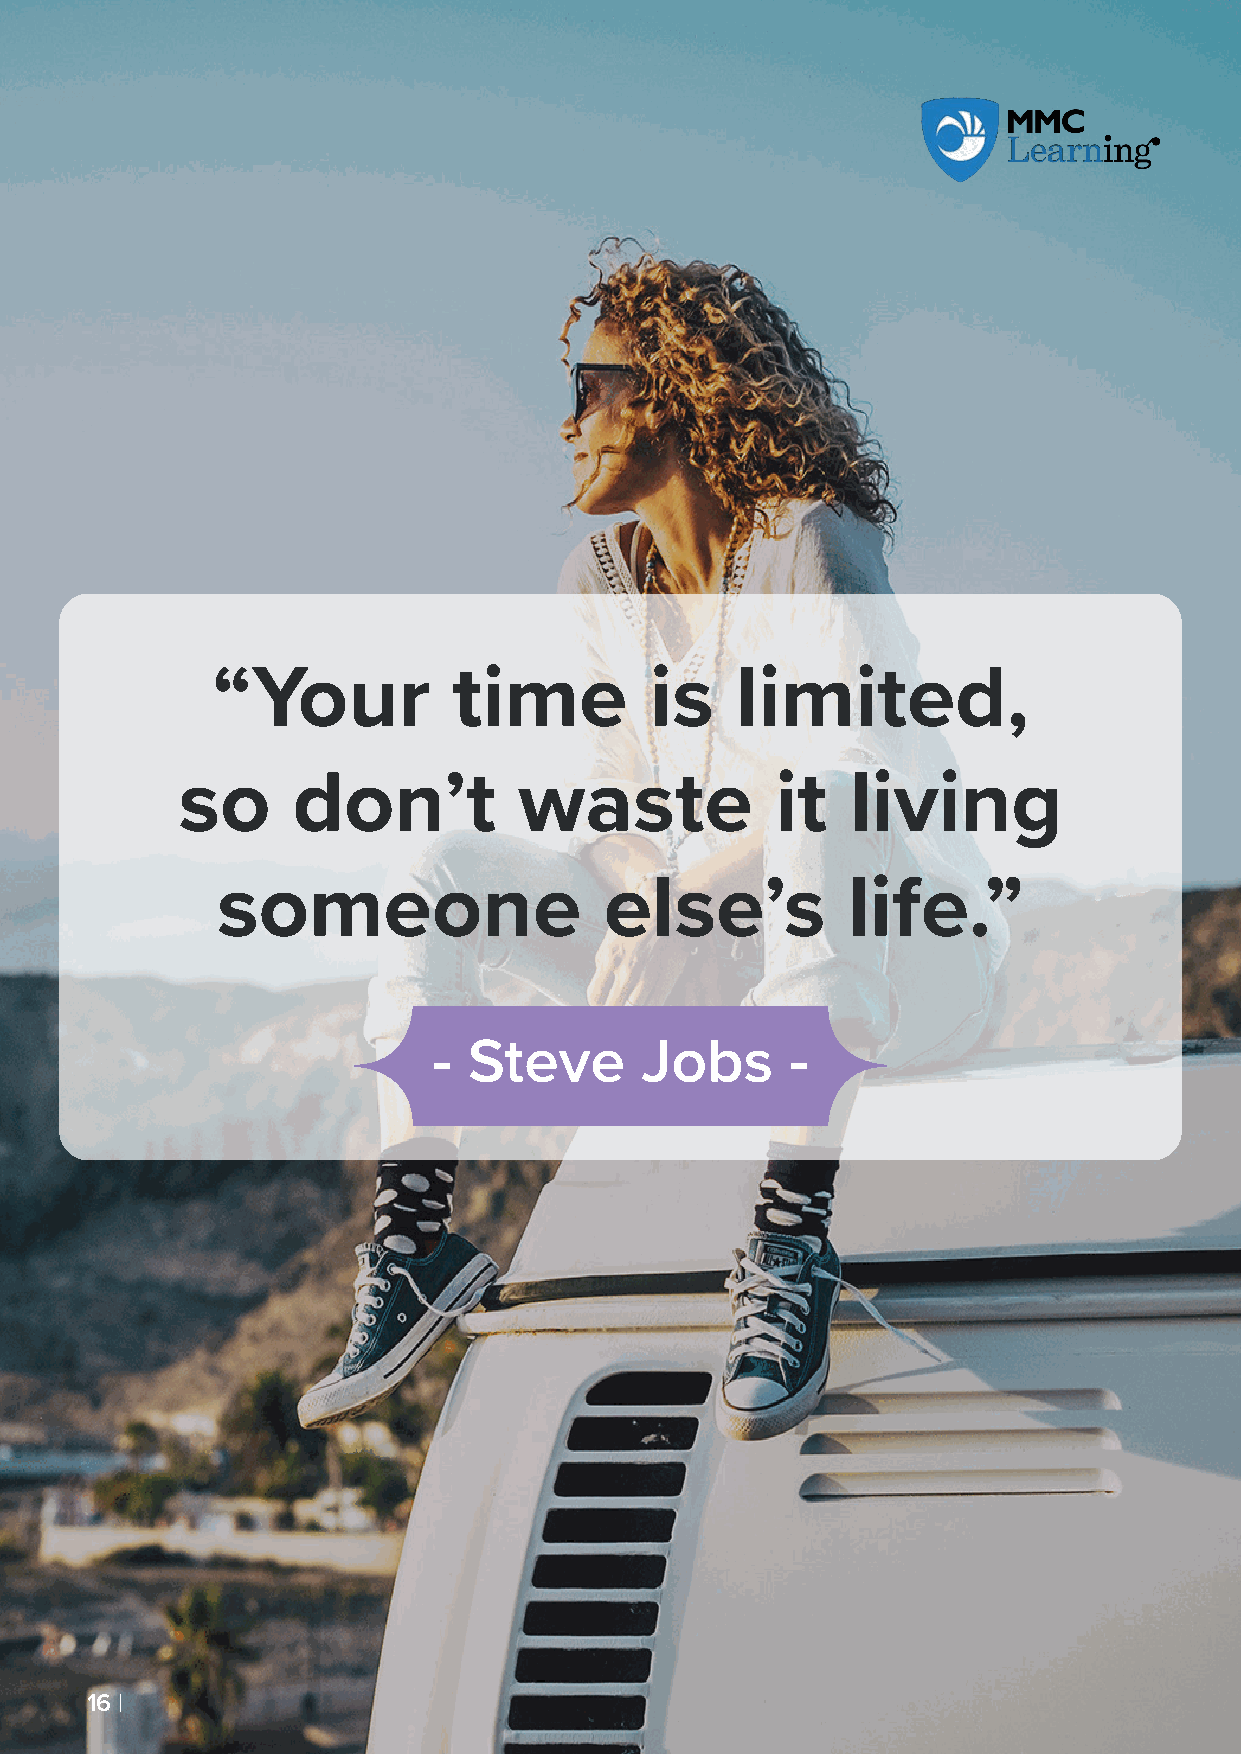
“Your           time         is    limited,
 so     don’t          waste            it   living
 someone                   else’s          life.”
 - Steve      Jobs      -
 1166 ||